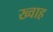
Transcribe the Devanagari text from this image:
ख्वाह